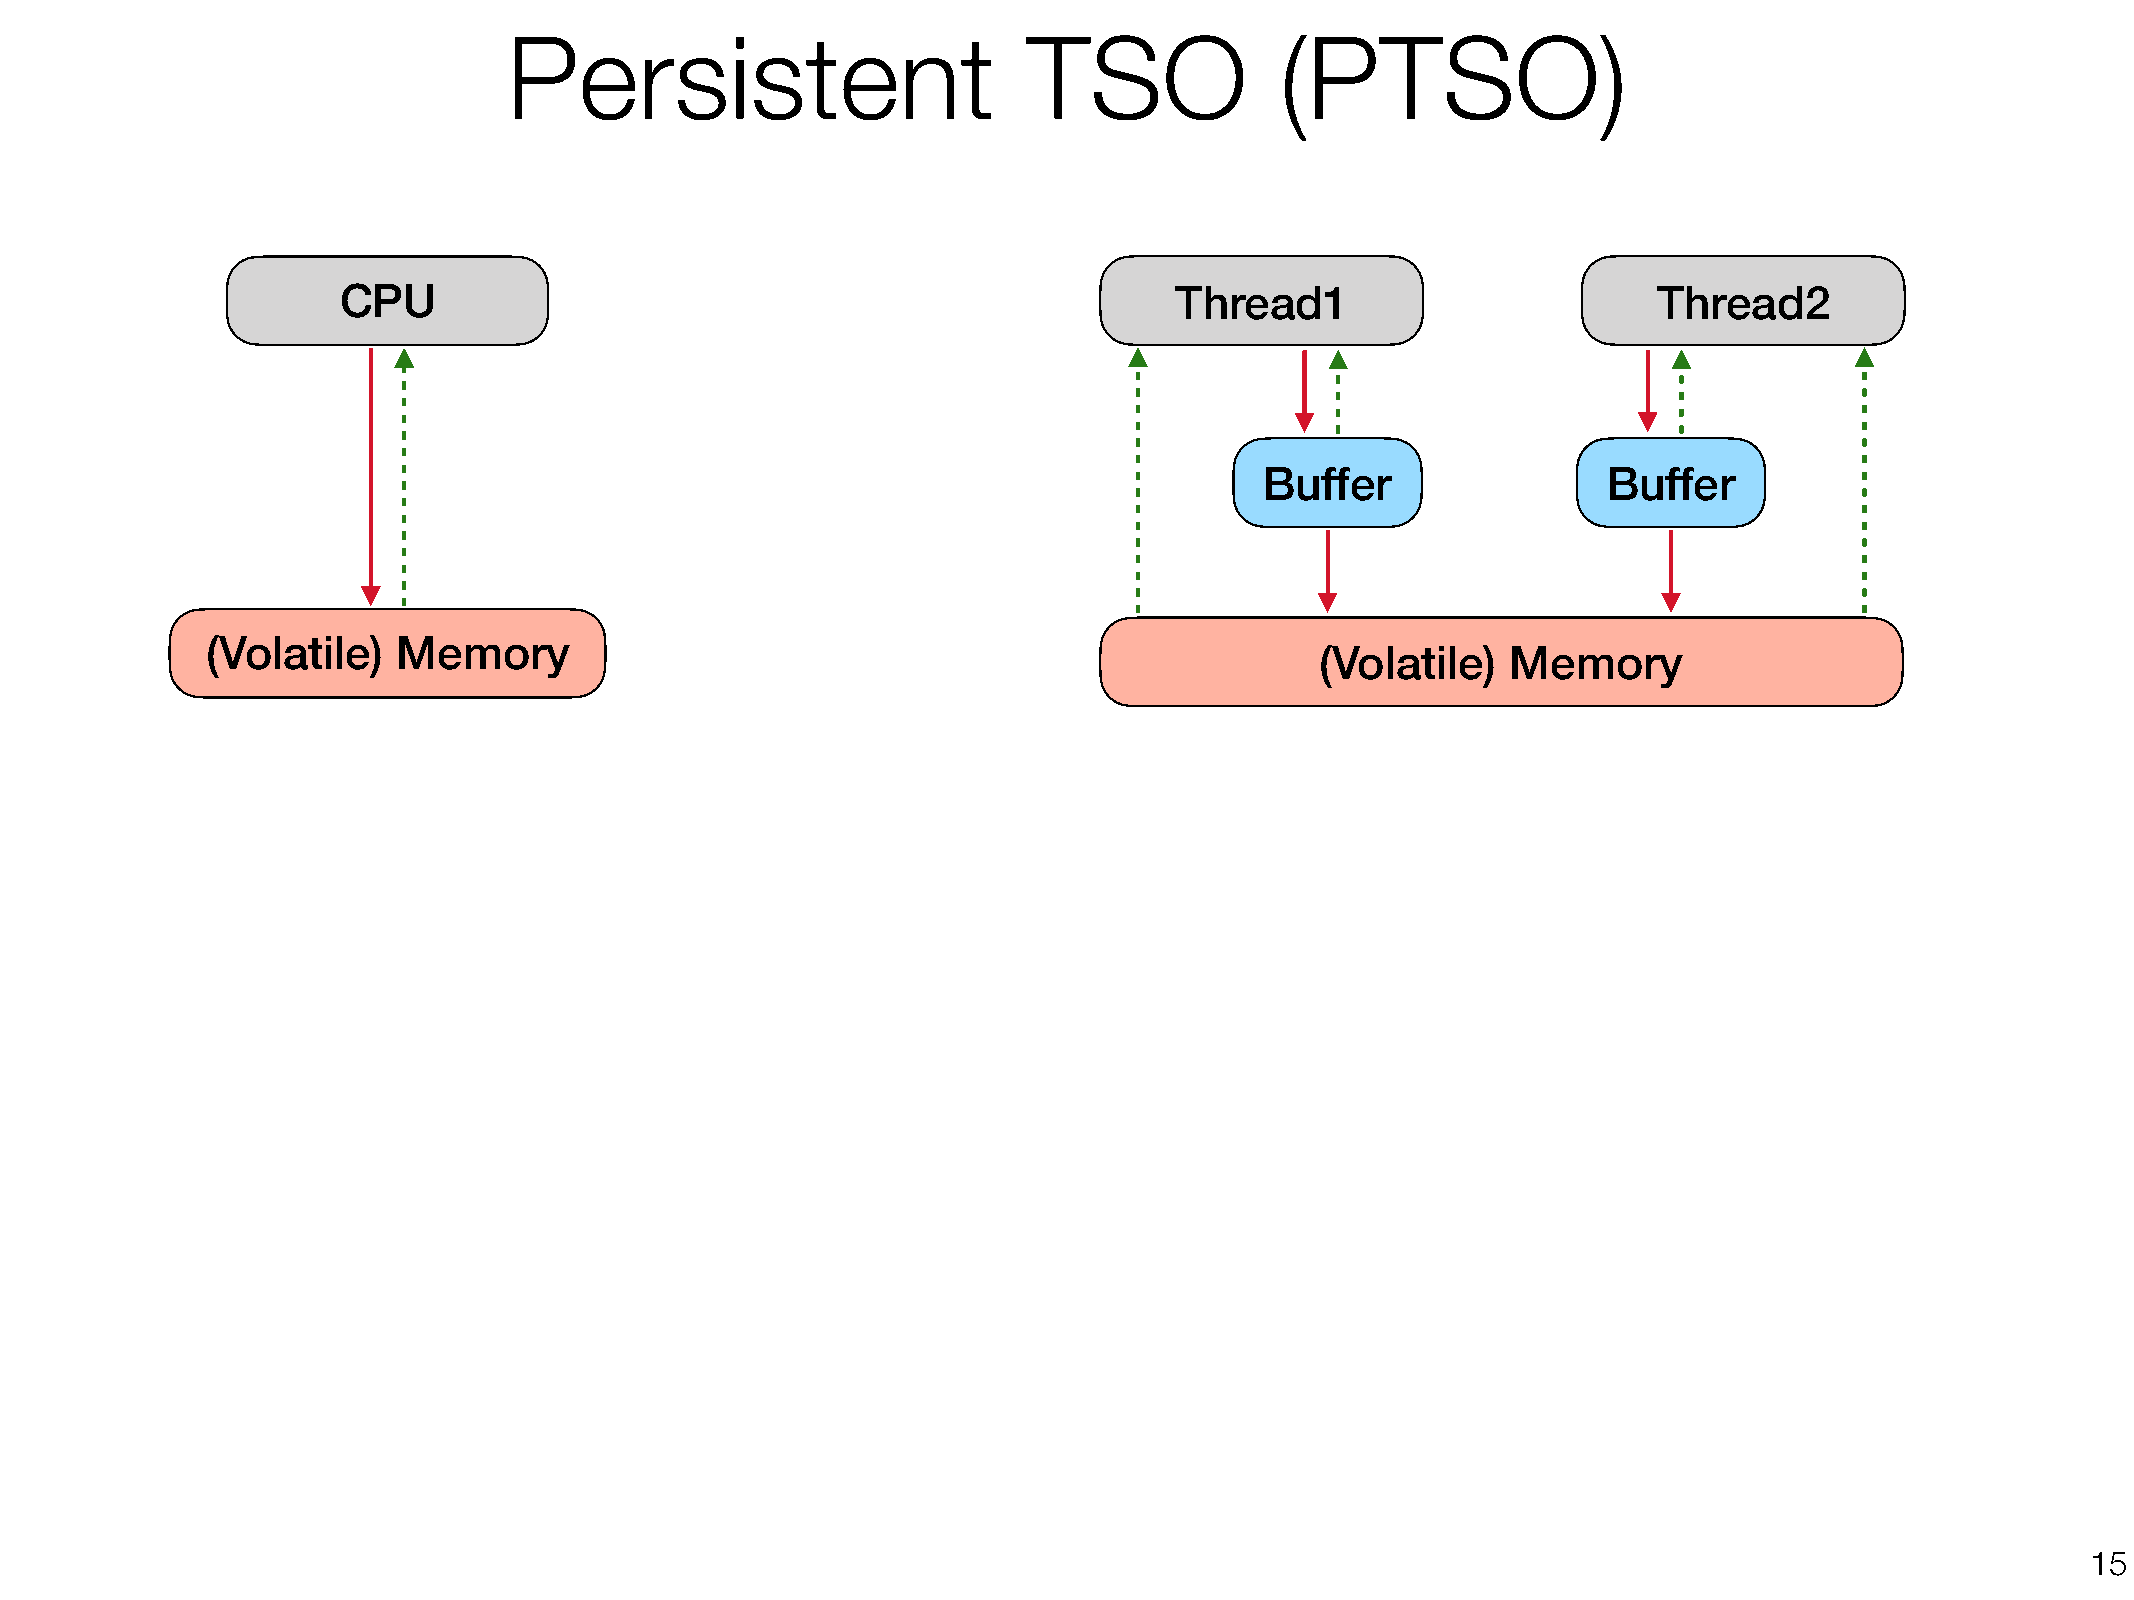
Persistent                        TSO              (PTSO)
 CPU                                                     Thread1                         Thread2
 Buffer                Buffer
 (Volatile)  Memory
 (Volatile)   Memory
 !15